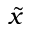
\tilde { x }